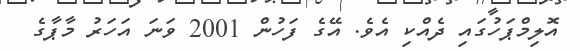
އޮލިމްޕަހުގައި ދެއްކި އެވެ. އޭގެ ފަހުން 2001 ވަނަ އަހަރު މާޕާގެ